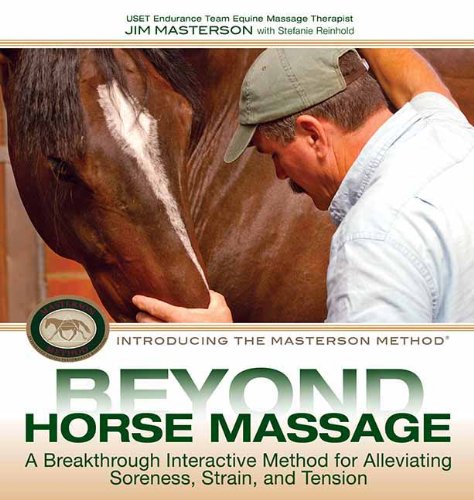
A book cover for Beyond Horse Massage: A Breakthrough Interactive Method for Alleviating Soreness, Strain, and Tension; Jim Masterson; Crafts, Hobbies & Home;